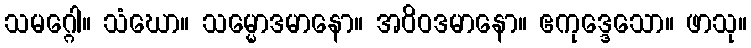
သမဂ္ဂေါ။ သံဃော။ သမ္မောဒမာနော။ အဝိဝဒမာနော။ ဧကုဒ္ဒေသော။ ဖာသု။